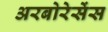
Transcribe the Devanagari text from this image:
अरबोरेसेंस